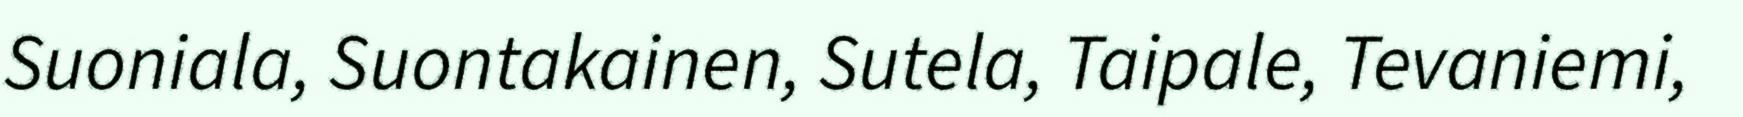
Suoniala, Suontakainen, Sutela, Taipale, Tevaniemi,